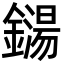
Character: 鐋